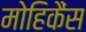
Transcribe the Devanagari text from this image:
मोहिकैंस